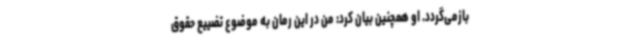
بازمی‌گردد. او همچنین بیان کرد: من در این رمان به موضوع تضییع حقوق